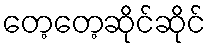
တေ့တေ့ဆိုင်ဆိုင်